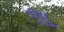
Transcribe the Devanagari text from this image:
गुंपु